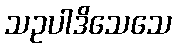
သဥပါဒိသေသေ